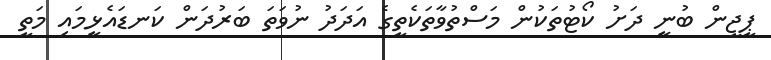
ޕީޖީން ބުނީ ދަށު ކޯޓުތަކުން މަސްތުވާތަކެތީގެ އަދަދު ނުވަތަ ބަރުދަން ކަނޑައެޅީމައި މަތީ